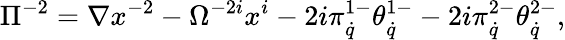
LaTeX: \Pi^{-2}=\nabla x^{-2}-\Omega^{-2i}x^{i}-2i\pi_{\dot{q}}^{1-}\theta_{\dot{q}}^{1-}-2i\pi_{\dot{q}}^{2-}\theta_{\dot{q}}^{2-},